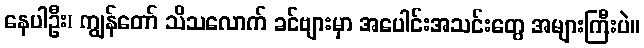
နေပါဦး၊ ကျွန်တော် သိသလောက် ခင်ဗျားမှာ အပေါင်းအသင်းတွေ အများကြီးပဲ။